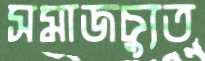
সমাজচ্যুত